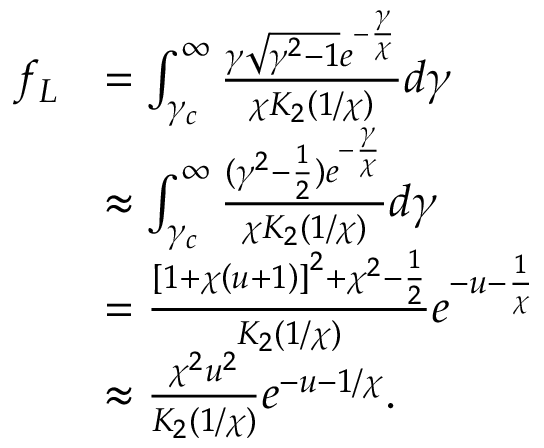
\begin{array} { r l } { f _ { L } } & { = \int _ { \gamma _ { c } } ^ { \infty } \frac { \gamma \sqrt { \gamma ^ { 2 } - 1 } e ^ { - \frac { \gamma } { \chi } } } { \chi K _ { 2 } \left( 1 / \chi \right) } d \gamma } \\ & { \approx \int _ { \gamma _ { c } } ^ { \infty } \frac { ( \gamma ^ { 2 } - \frac { 1 } { 2 } ) e ^ { - \frac { \gamma } { \chi } } } { \chi K _ { 2 } \left( 1 / \chi \right) } d \gamma } \\ & { = \frac { \left[ 1 + \chi \left( u + 1 \right) \right] ^ { 2 } + \chi ^ { 2 } - \frac { 1 } { 2 } } { K _ { 2 } \left( 1 / \chi \right) } e ^ { - u - \frac { 1 } { \chi } } } \\ & { \approx \frac { \chi ^ { 2 } u ^ { 2 } } { K _ { 2 } ( 1 / \chi ) } e ^ { - u - 1 / \chi } . } \end{array}